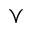
\curlyvee